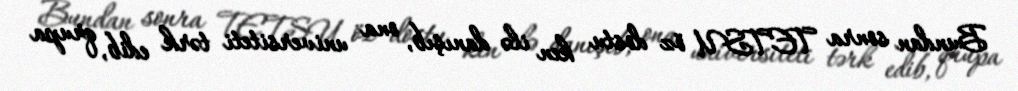
Bundan sonra TETSU öz dostu ken ilə danışıb, ona universiteti tərk edib, qrupa